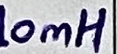
Text: 10mH